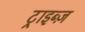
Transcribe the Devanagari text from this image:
ट्राइब्ज़